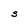
Character: S